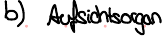
b) Aufsichtsorgan